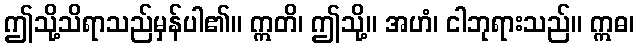
ဤသို့သိရာသည်မှန်ပါ၏။ ဣတိ၊ ဤသို့။ အဟံ၊ ငါဘုရားသည်။ ဣဓ၊